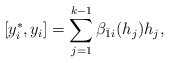
\begin{align*}[y^*_i,y_i]=\sum_{j=1}^{k-1}\beta_{\bar1i}(h_j)h_j,\end{align*}